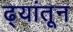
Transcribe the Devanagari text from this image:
ढ्यांतून